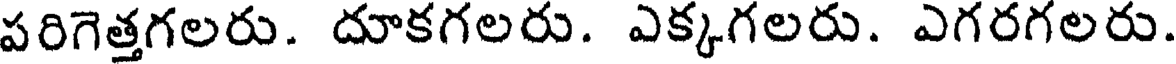
పరిగెత్తగలరు. దూకగలరు. ఎక్కగలరు. ఎగరగలరు.